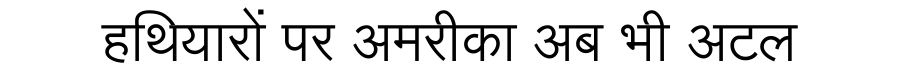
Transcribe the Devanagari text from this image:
हथियारों पर अमरीका अब भी अटल